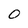
Character: 0